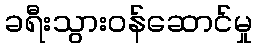
ခရီးသွားဝန်ဆောင်မှု